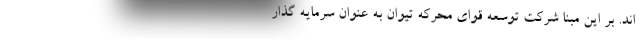
اند. بر این مبنا شرکت توسعه قوای محرکه تیوان به عنوان سرمایه گذار